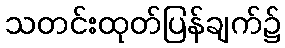
သတင်းထုတ်ပြန်ချက်၌